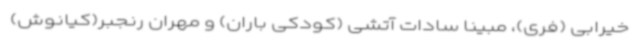
خیرابی (فری)، مبینا سادات آتشی (کودکی باران) و مهران رنجبر(کیانوش)